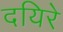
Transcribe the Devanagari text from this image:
दयिरे